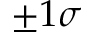
\pm 1 \sigma